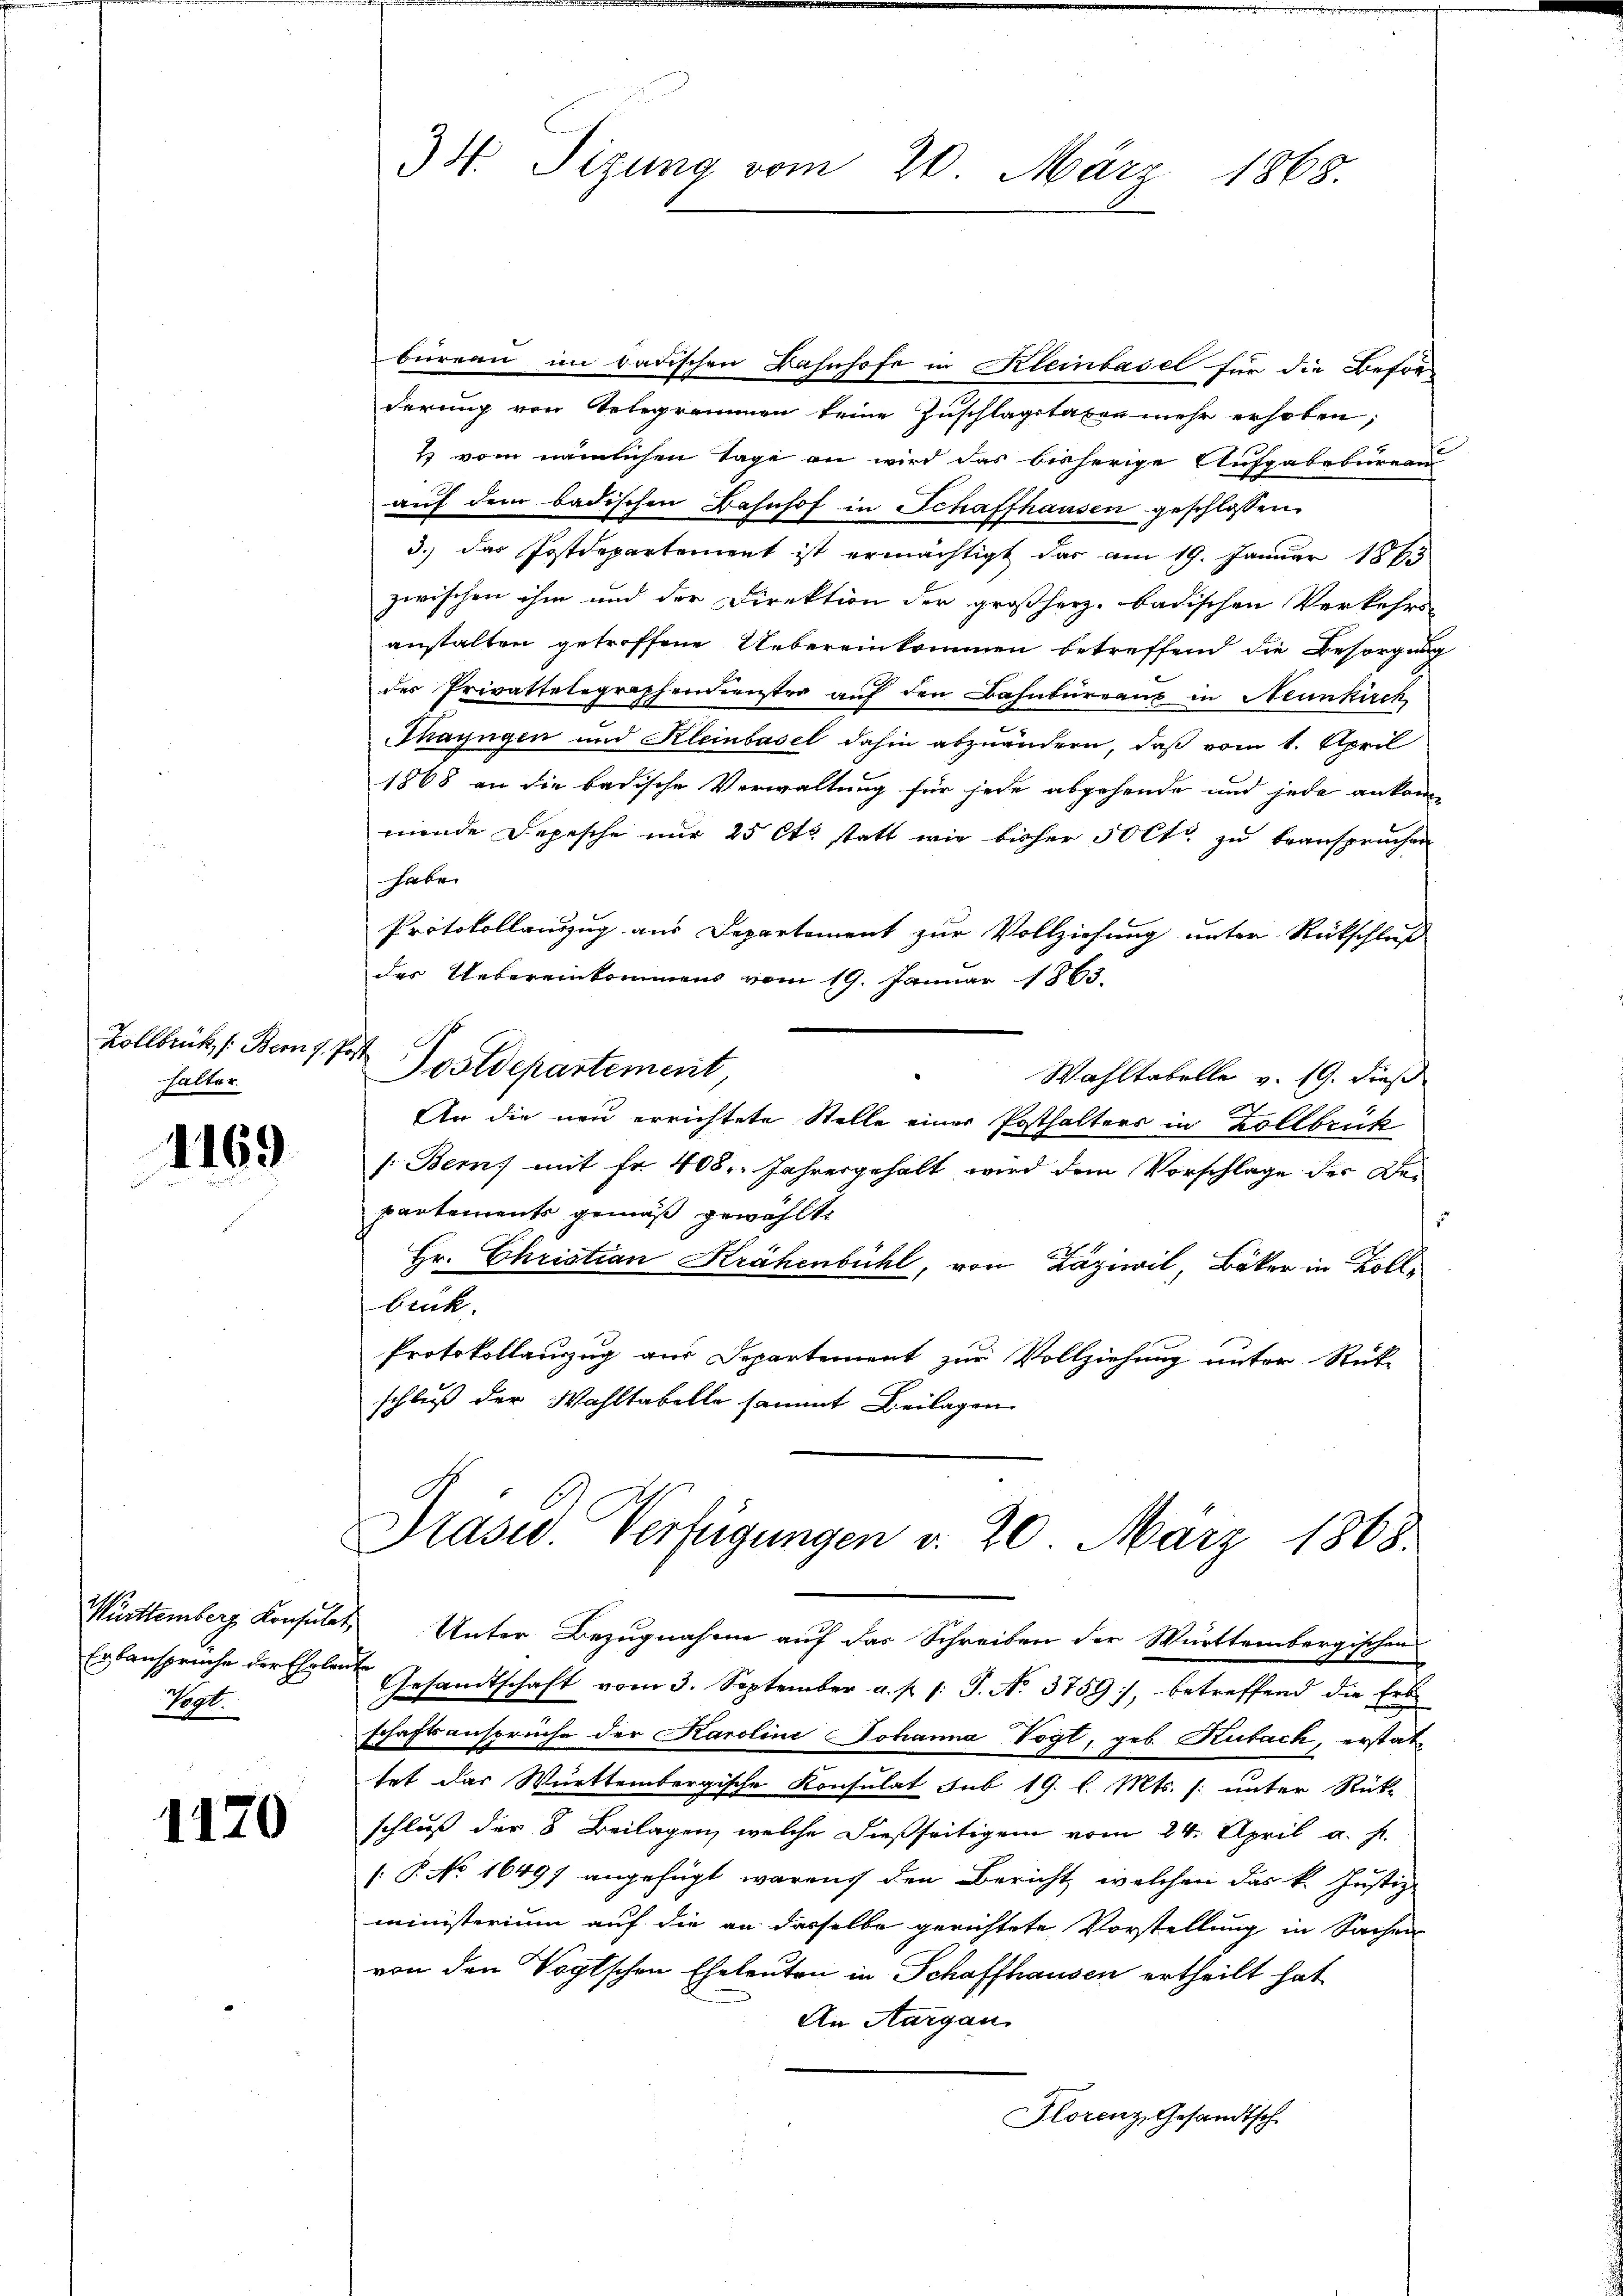
Kollbrück, s. Bem 7. Post
halter.

4169

Vogt.

1170

34. Sitzung vom 20. März
1868.

büreau im badischen Bahnhofe in Kleinbasel für die Besorderung von Telegrammen keine Zuschlagstaben mehr erhoben;
1 vom nämlichen Tage an wird das bisherige Aufgabebureau
aŭf dem badischen Bahnhof in Schaffhausen geschlossen
3.) Das Postdepartement ist ermächtigt das am 19. Januar 1865
zwischen ihm und der Direktion der großherz- badischen Verkehrs
anstalten getroffene Uebereinkommen betreffend die Besorgung
des Privattelegraphendienster auf den Bahnbureaus in Neunkirch
Thayngen und Kleinbasel dahin abzuändern, daß vom 1. April
1868 an die badische Verwaltung für jede abgehende und jede ankommende Depesche nur 25 Cts. statt wie bisher 50 Ctr. zu beanspruchen
haben
Protokollanzug aus Departement zur Vollziehung unter Rückschluß
des Uebereinkommes vom 19. Januar 1863.
Postdepartement
Wahltabelle v. 19. dieß
2
An die neu errichtete Stelle einer Posthalters in Zollbrück
/: Bern mit fr. 408. Jahresgehalt wird dem Vorschlage der Bepartements gemäß gewählt
u
Hr. Christian Krähenbühl, von Laziwil, Bäker in Zollbrück.
Protokollanzug aus Departement zur Vollziehung unter Rück-
schluß der Wahltabelle sammt Beilagen

Präsid. Verfügungen v. 20. März 1868.
Württemberg Konsulat Unter Bezugnahme auf das Schreiben der Württembergischen

Erbansprüche der Ehelen Gesandtschaft vom 3. September a. p. 1. J. No. 3759), betreffend die Erb-
schaftsansprüche der Karoline Johanna Vogt, geb. Kubach, erstattet das Württembergische Konsulat sub 19. l. Mts. f. unter Rück-
schluß der 8 Beilagen, welche dießseitigem vom 24. April a. h.
[P. No 16497 angefügt warens den Bericht, welchen das k. Justiz-
ministerium auf die an dasselbe gerichtete Vorstellung in Sachen
von den Vogtschen Eheleuten in Schaffhausen ertheilt hat
An Aargau
Florenz, Gesandtsch